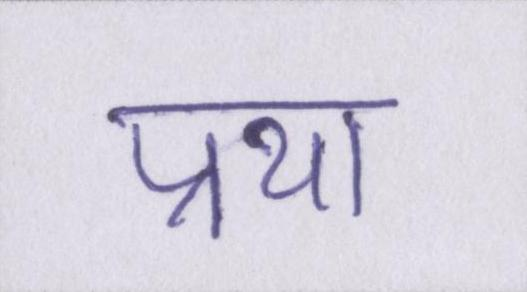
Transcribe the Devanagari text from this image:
प्रथा